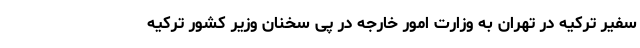
سفیر ترکیه در تهران به وزارت امور خارجه در پی سخنان وزیر کشور ترکیه